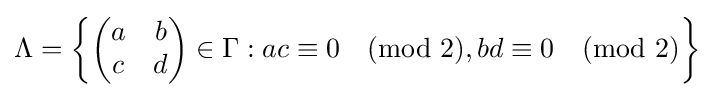
\Lambda =\left\{{\begin{pmatrix}a&b\\c&d\end{pmatrix}}\in \Gamma :ac\equiv 0{\pmod {2}},bd\equiv 0{\pmod {2}}\right\}